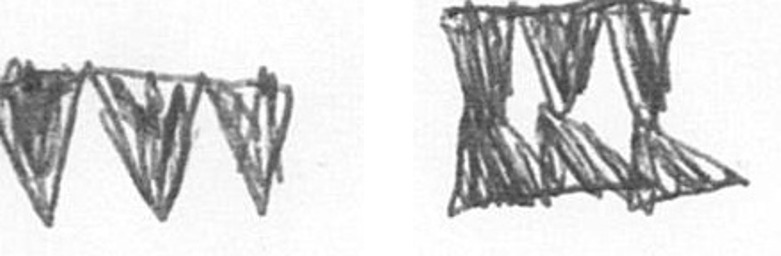
L D